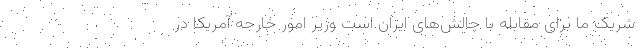
شریک ما برای مقابله با چالش‌های ایران است وزیر امور خارجه آمریکا در